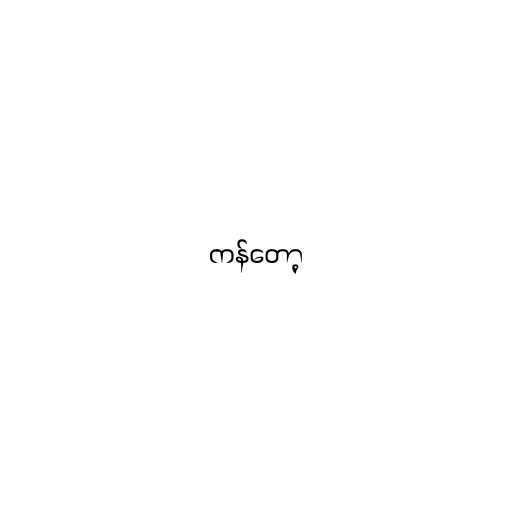
ကန်တော့